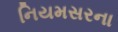
નિયમસરના